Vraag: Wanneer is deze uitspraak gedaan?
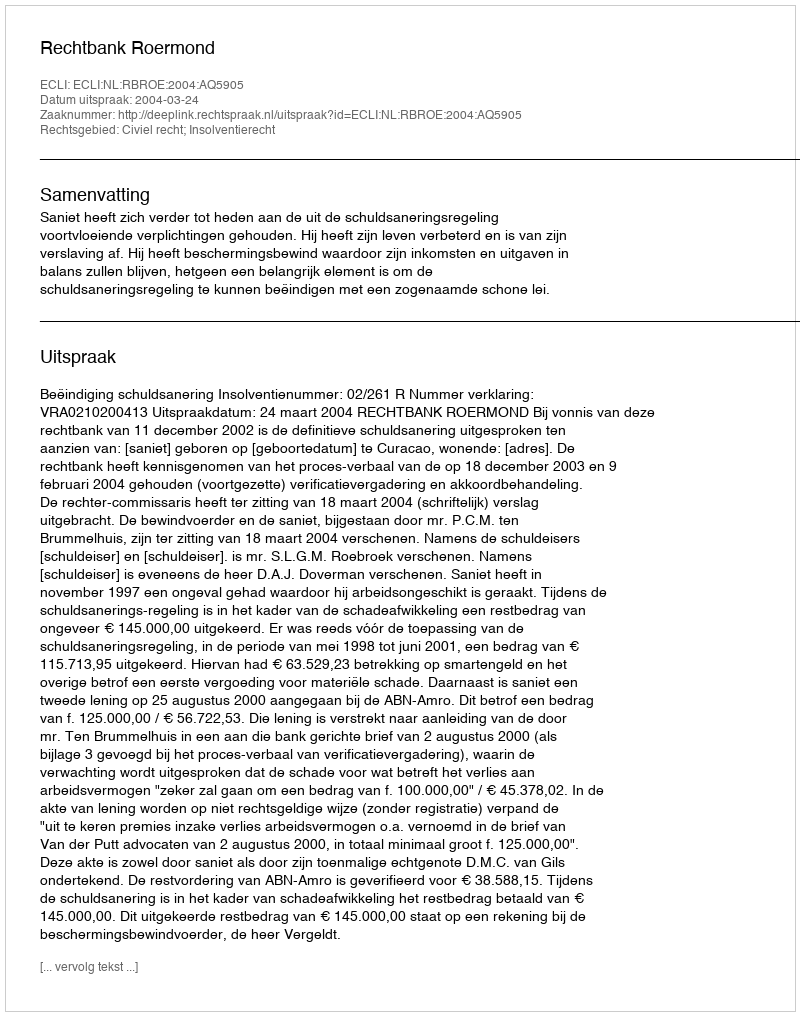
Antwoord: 2004-03-24